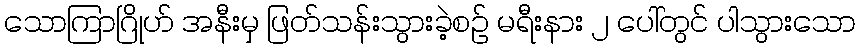
သောကြာဂြိုဟ် အနီးမှ ဖြတ်သန်းသွားခဲ့စဉ် မရီးနား ၂ ပေါ်တွင် ပါသွားသော